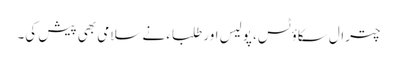
چترال سکاؤٹس، پولیس اور طلباء نے سلامی بھی پیش کی۔